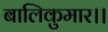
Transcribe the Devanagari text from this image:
बालिकुमार।।